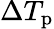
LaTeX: \Delta T_{\mathrm{p}}